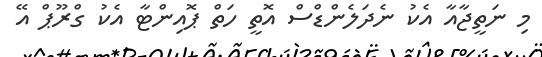
މި ނަތީޖާއާ އެކު ނެދަލެންްްޑްސް އޮތީ ހަތް ޕޮއިންޓާ އެކު ގްރޫޕް އޭ